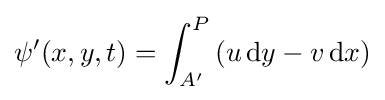
\psi '(x,y,t)=\int _{A'}^{P}\left(u\,\mathrm {d} y-v\,\mathrm {d} x\right)